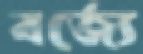
বর্জ্যে